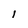
Character: 1